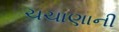
ચચાણાની